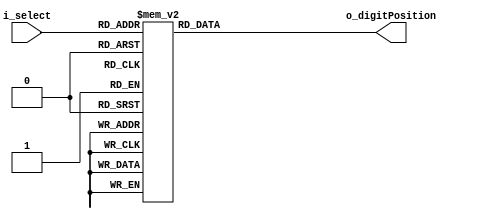
`timescale 1ns / 1ps
//////////////////////////////////////////////////////////////////////////////////
// Company: 
// Engineer: 
// 
// Design Name: 
// Module Name: decoder_fnd_digit
// Project Name: 
// Target Devices: 
// Tool Versions: 
// Description: 
// 
// Dependencies: 
// 
// Revision:
// Revision 0.01 - File Created
// Additional Comments:
// 
//////////////////////////////////////////////////////////////////////////////////


module decoder_fnd_digit(
        input [2:0] i_select,
        output [3:0] o_digitPosition
    );

    reg[3:0] r_digitPosition;
    assign o_digitPosition = r_digitPosition;

    always @(i_select) begin
        case (i_select)
            3'b000 : r_digitPosition <= 4'b1110;
            3'b001 : r_digitPosition <= 4'b1101;
            3'b010 : r_digitPosition <= 4'b1011;
            3'b011 : r_digitPosition <= 4'b0111;
            
            3'b100 : r_digitPosition <= 4'b1110;
            3'b101 : r_digitPosition <= 4'b1101;
            3'b110 : r_digitPosition <= 4'b1011;
            3'b111 : r_digitPosition <= 4'b0111;  
        endcase
    end
endmodule